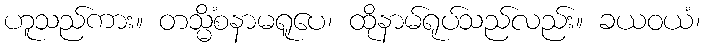
ဟူသည်ကား။ တသ္မိံစနာမရူပေ၊ ထိုနာမ်ရုပ်သည်လည်း။ ခယဝယံ၊